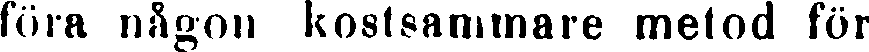
föra någon kostsammare metod för